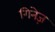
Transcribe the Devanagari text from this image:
गिनेज़